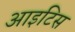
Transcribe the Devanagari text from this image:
आइटिस